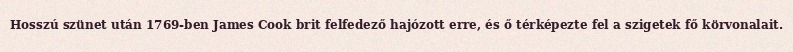
Hosszú szünet után 1769-ben James Cook brit felfedező hajózott erre, és ő térképezte fel a szigetek fő körvonalait.